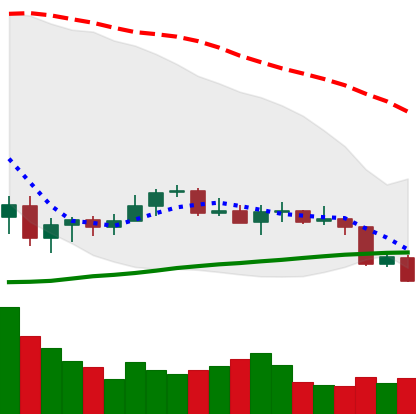
Ticker: XLM-USD
Chart end date: 2020-09-23
Forward return: 8.829%
Label: up_7plus